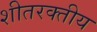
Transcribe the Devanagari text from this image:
शीतरक्तीय